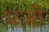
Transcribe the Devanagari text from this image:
भंजी